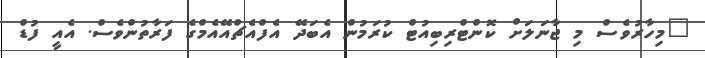
"މިހާރުވެސް މި ޖާނަލަށް ކޮންޓްރިބިއުޓް ކުރަމުން އެބަދޭ އެފްއެޗްއޭއެމްގެ ފަރާތުންވެސް. އެއީ ފުޑް